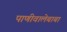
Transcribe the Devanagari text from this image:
पाणीवालेबाबा